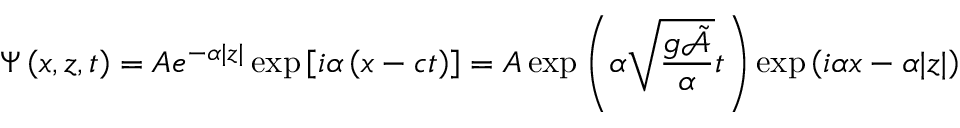
\Psi \left( x , z , t \right) = A e ^ { - \alpha | z | } \exp \left[ i \alpha \left( x - c t \right) \right] = A \exp \left( \alpha { \sqrt { \frac { g { \tilde { \mathcal { A } } } } { \alpha } } } t \right) \exp \left( i \alpha x - \alpha | z | \right)